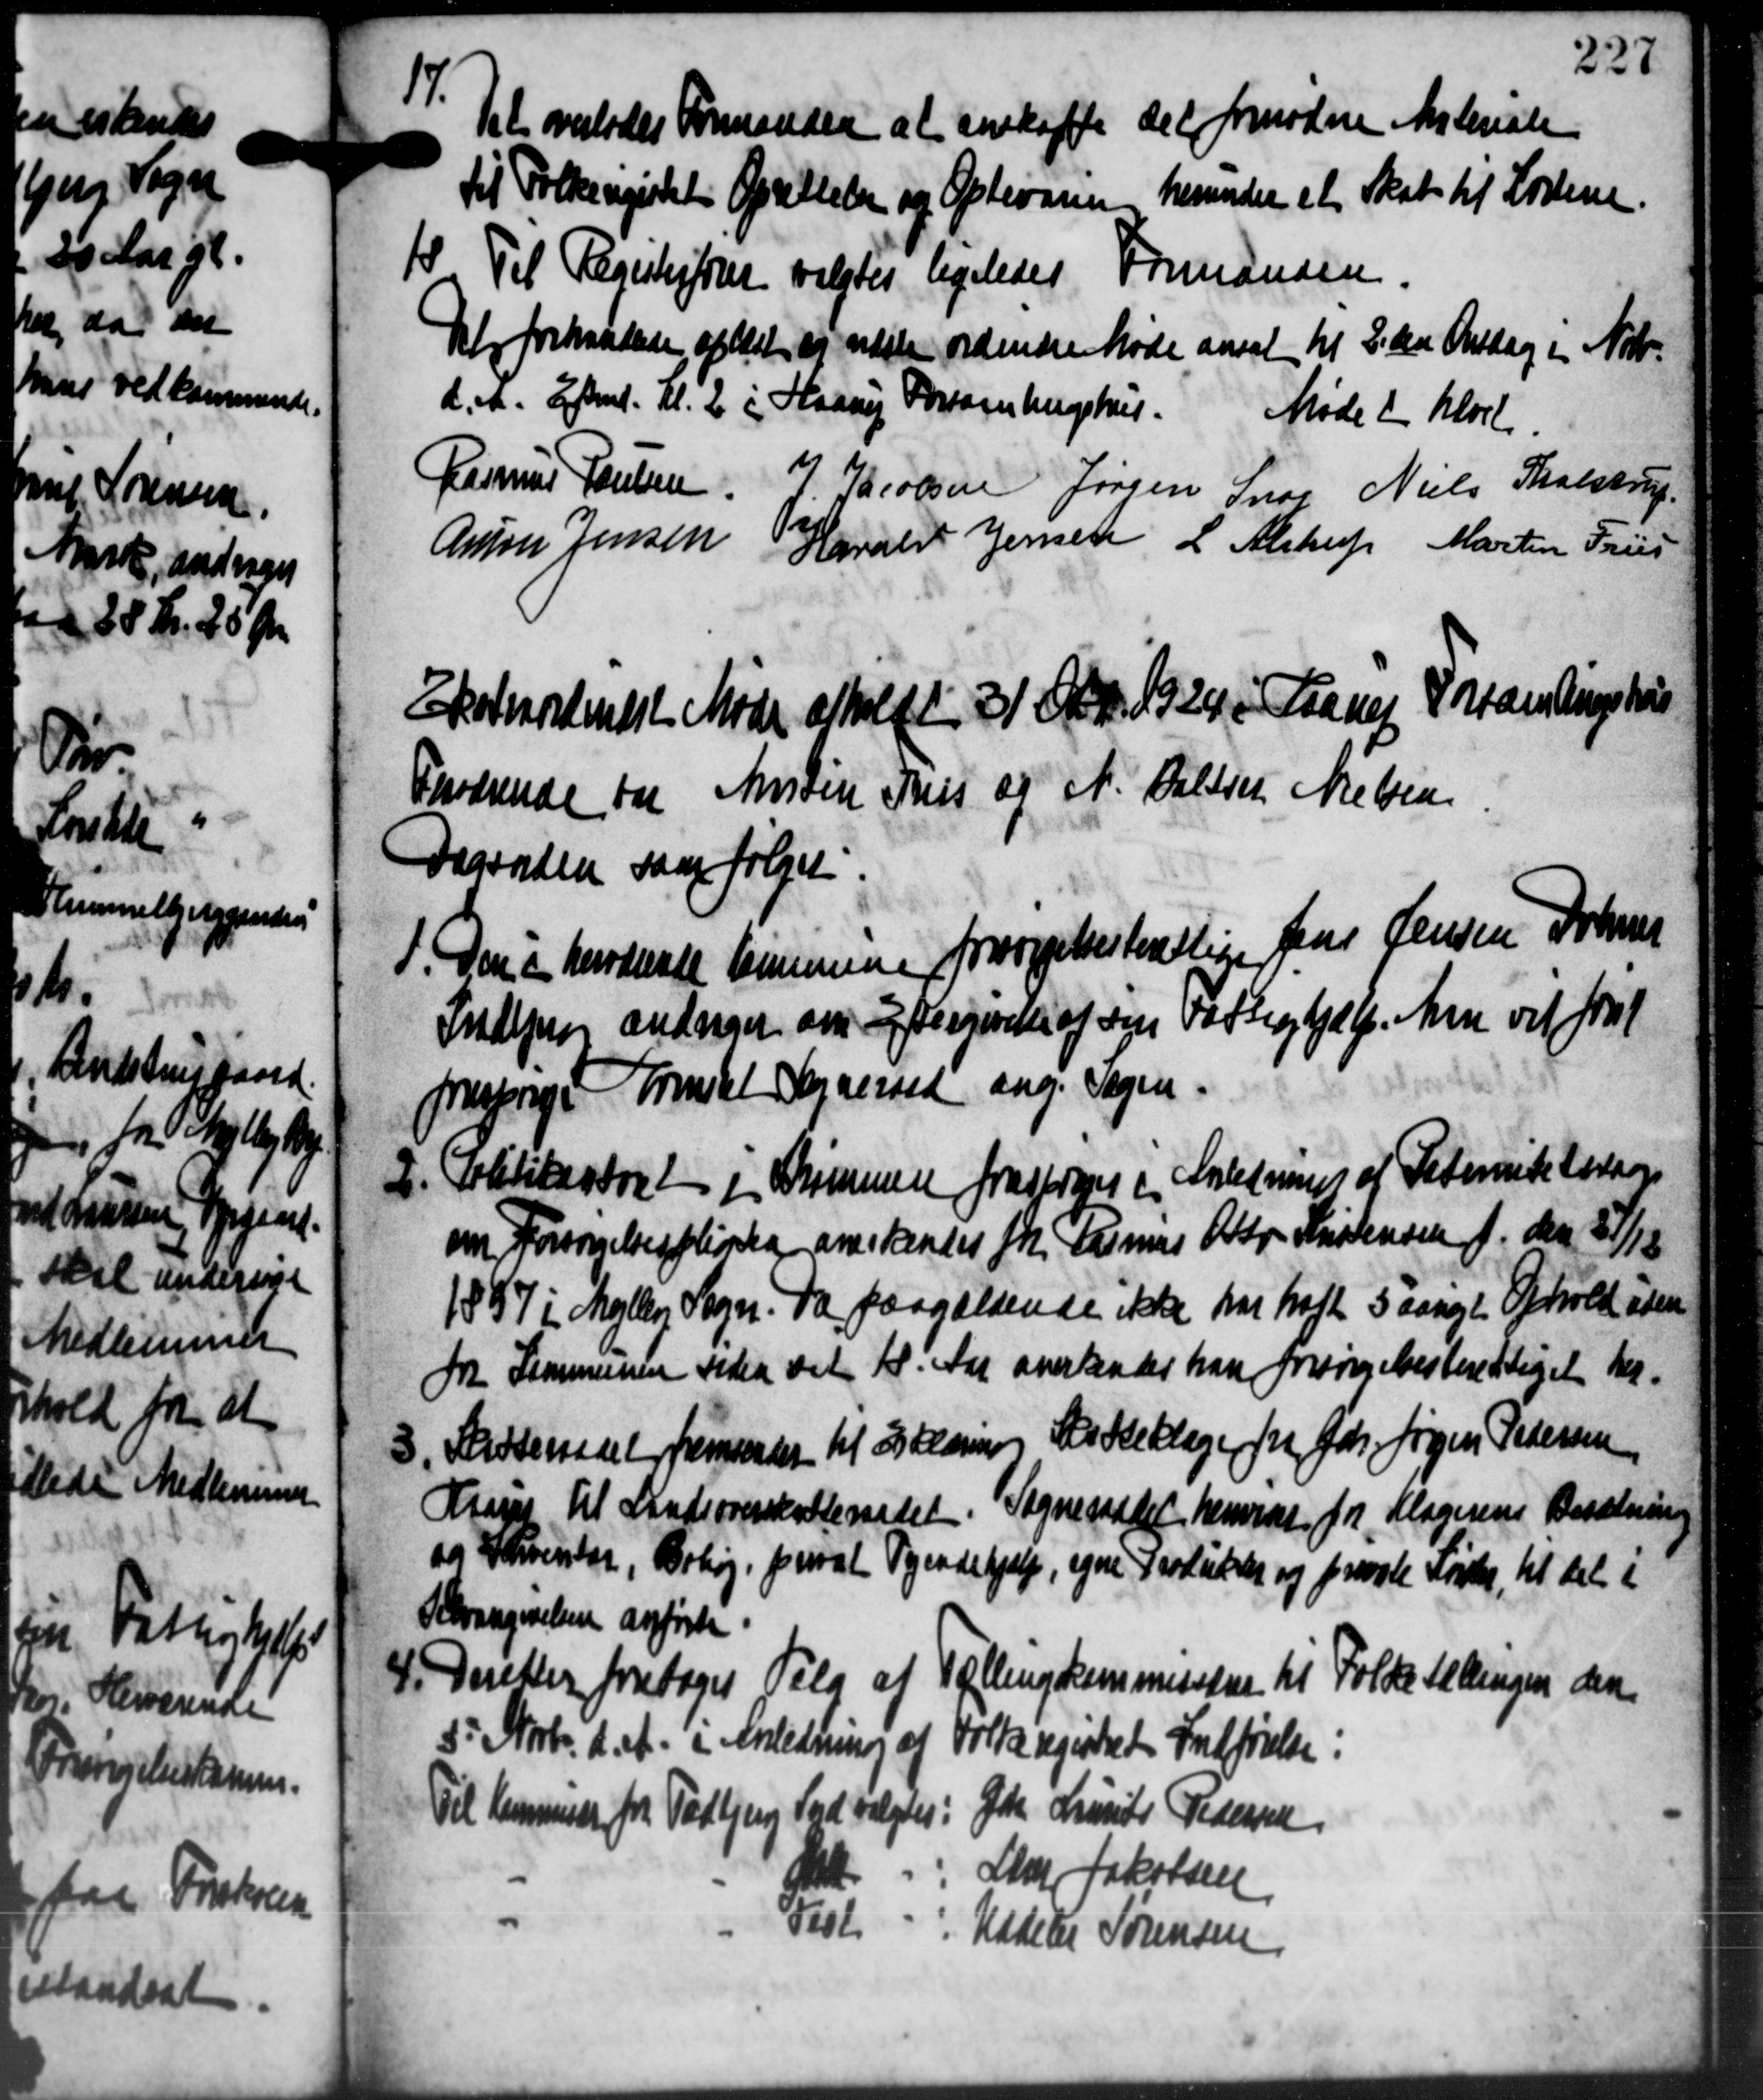
Transskription:
17.
Det overlodes Formanden at anskaffe det fornødne Materiale
til Folkeregistet Oprettelse og Opbevaren herunder et Skat til Lovene.
18. Til Registerfører valgtes ligeledes Formanden
18. Til Registerfører valgtes ligeledes Formanden
Det forhandlede oplæst og sidste ordinære Møde ansat til 3. Da Onsdag i Nob-
d. A. Eftm. Kl. 2 i Haarup Forsamlingshus. Møde i Klost
Rasmus Poulsen
J. Jacobsen Jørgen Snog Niels Tholstrup
Anton Jensen
Haralst Jensen L. Alstrup Martin Friis
Ekoterordeneste Møde afholdt 31 Okt. 1924 i Laanes Forsamlingshus
Fnværende for Arvidere Pris af N. Calliet Nielsen
Dagenden saa følger.
1. Den i herværende kommene forsørgelsesberettige Jens Jensen, Dohms
1. Den i herværende kommene forsørgelsesberettige Jens Jensen, Dohms
Indsprog andrager om Eftergivelse af sin Fattighjælp. Man vil fra
forespørge Tomsat Sogneraad ang. Sagen.
2. Politikontort i Dommen fraspørges i Anledning af Petersitetersen
2. Politikontort i Dommen fraspørges i Anledning af Petersitetersen
om Forsørgelsespligten anerkendes f. Rasmus Ordr. Kristensen f. den 51, 118
1887 i Mejlby Sogn. Da paagældende ikke har haft 5 aarige Ophold iden
Fra Kommunen Peder det Kl. Aar anerkender han forsørgelsesberettiget her-
3. Kasseredel fremsender til 2 kamme Katteklage fra Gdr. Jørgen Pedersen
3. Kasseredel fremsender til 2 kamme Katteklage fra Gdr. Jørgen Pedersen
Krages til Stationerskatteraadet. Sogneraadet henviset for Klagerens Besætning
da 3 Arventar, Brhøj, privat Pigendehjælp, egne Trodukter og private Forter, til del i
Alvangivelsen anførte
4 Direkter foretages Valg af Tællingskommissionen til Folketællingen den
4 Direkter foretages Valg af
5' Novbr. d. A. i Anledning af
Filts registret Indførelse i
Gdr. Lunds Pedersen
Til Kommune fra Todbjerg Ind valgtes:
Alm Jakobsen
Vist
Hddetel Sørensen